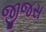
જીજસ